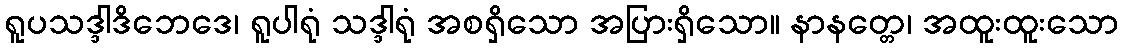
ရူပသဒ္ဒါဒိဘေဒေ၊ ရူပါရုံ သဒ္ဒါရုံ အစရှိသော အပြားရှိသော။ နာနတ္တေ၊ အထူးထူးသော